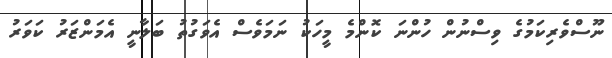
ނޫސްވެރިކަމުގެ ވިސްނުން ހުންނަ ކޮންމެ މީހަކު ނަމަވެސް އެވަގުތު ބަލާނީ އެމަންޒަރު ކަވަރު